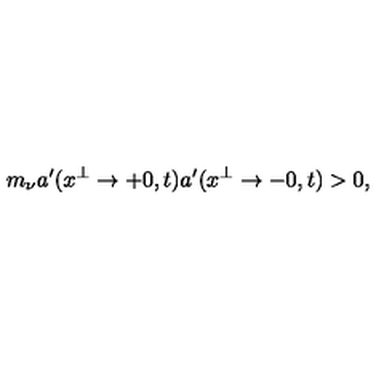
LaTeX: m _ { \nu } a ^ { \prime } ( x ^ { \perp } \to + 0 , t ) a ^ { \prime } ( x ^ { \perp } \to - 0 , t ) > 0 ,